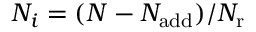
N _ { i } = ( N - N _ { \mathrm { a d d } } ) / { N _ { \mathrm { r } } }